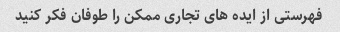
فهرستی از ایده های تجاری ممکن را طوفان فکر کنید